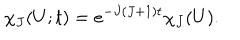
LaTeX: \chi _ { J } ( U ; t ) = e ^ { - J ( J + 1 ) t } \chi _ { J } ( U ) .